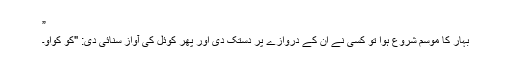
”
بہار کا موسم شروع ہوا تو کسی نے ان کے دروازے پر دستک دی اور پھر کوئل کی آواز سنائی دی: "کو کواو۔